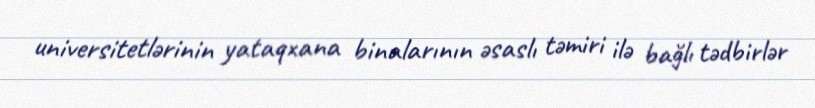
universitetlərinin yataqxana binalarının əsaslı təmiri ilə bağlı tədbirlər